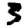
Digit: 3